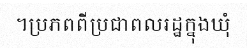
។ប្រភពពីប្រជាពលរដ្ឋក្នុងឃុំ